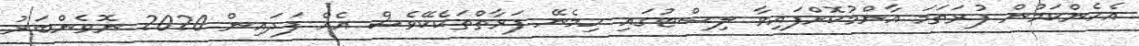
އެހެންކަމުން ފުރަތަމަ އާންމުކޮށްފައިވާ ލިސްޓުގައި ހިމެނޭ ފަރާތްތަކެކޭވެސް އެއް ފަދައިން 2020 ނޮވެންބަރު